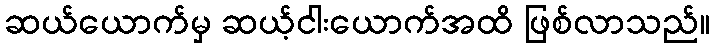
ဆယ်ယောက်မှ ဆယ့်ငါးယောက်အထိ ဖြစ်လာသည်။